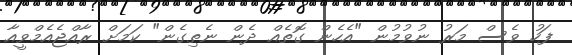
ފަހު ވެސް މަރު ނުވުމުން "އެހެން ގޮތެއް ދެން ނެތިގެން" ކަމަށް ރާއްޖެއެމްވީއާ